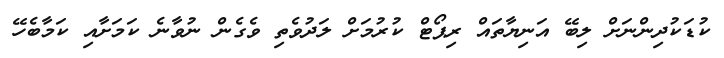
ކުޑަކުދިންނަށް ލިބޭ އަނިޔާތައް ރިޕޯޓް ކުރުމަށް ލަދުވެތި ވެގެން ނުވާނެ ކަމަށާއި ކަމާބެހޭ